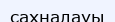
сахналауы